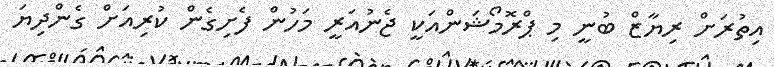
އިތުރަށް ރިޔާޒް ބުނީ މި ޕްރޮމޯޝަންއަކީ ޖެނުއަރީ މަހުން ފެށިގެން ކުރިއަށް ގެންދިޔަ